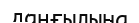
даңғылына